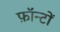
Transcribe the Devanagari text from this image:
फ़ॉन्टों